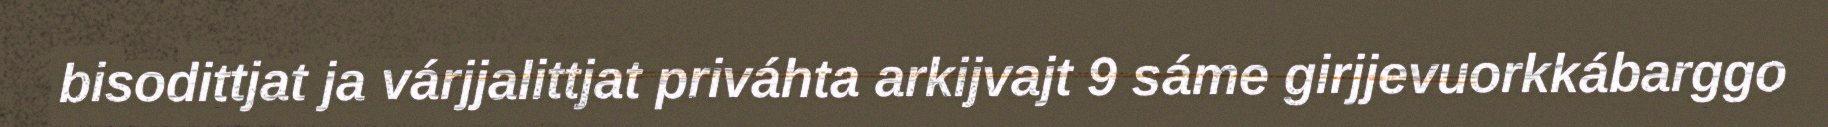
bisodittjat ja várjjalittjat priváhta arkijvajt 9 sáme girjjevuorkkábarggo